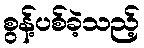
စွန့်ပစ်ခဲ့သည့်